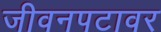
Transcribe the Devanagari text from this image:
जीवनपटावर